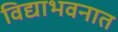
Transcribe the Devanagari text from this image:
विद्याभवनात